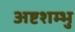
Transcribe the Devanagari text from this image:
अष्टशम्भु